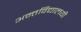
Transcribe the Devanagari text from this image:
अन्तर्विद्यालयी